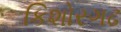
કિશોરગઢ